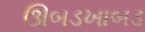
ઊબડખાબડ